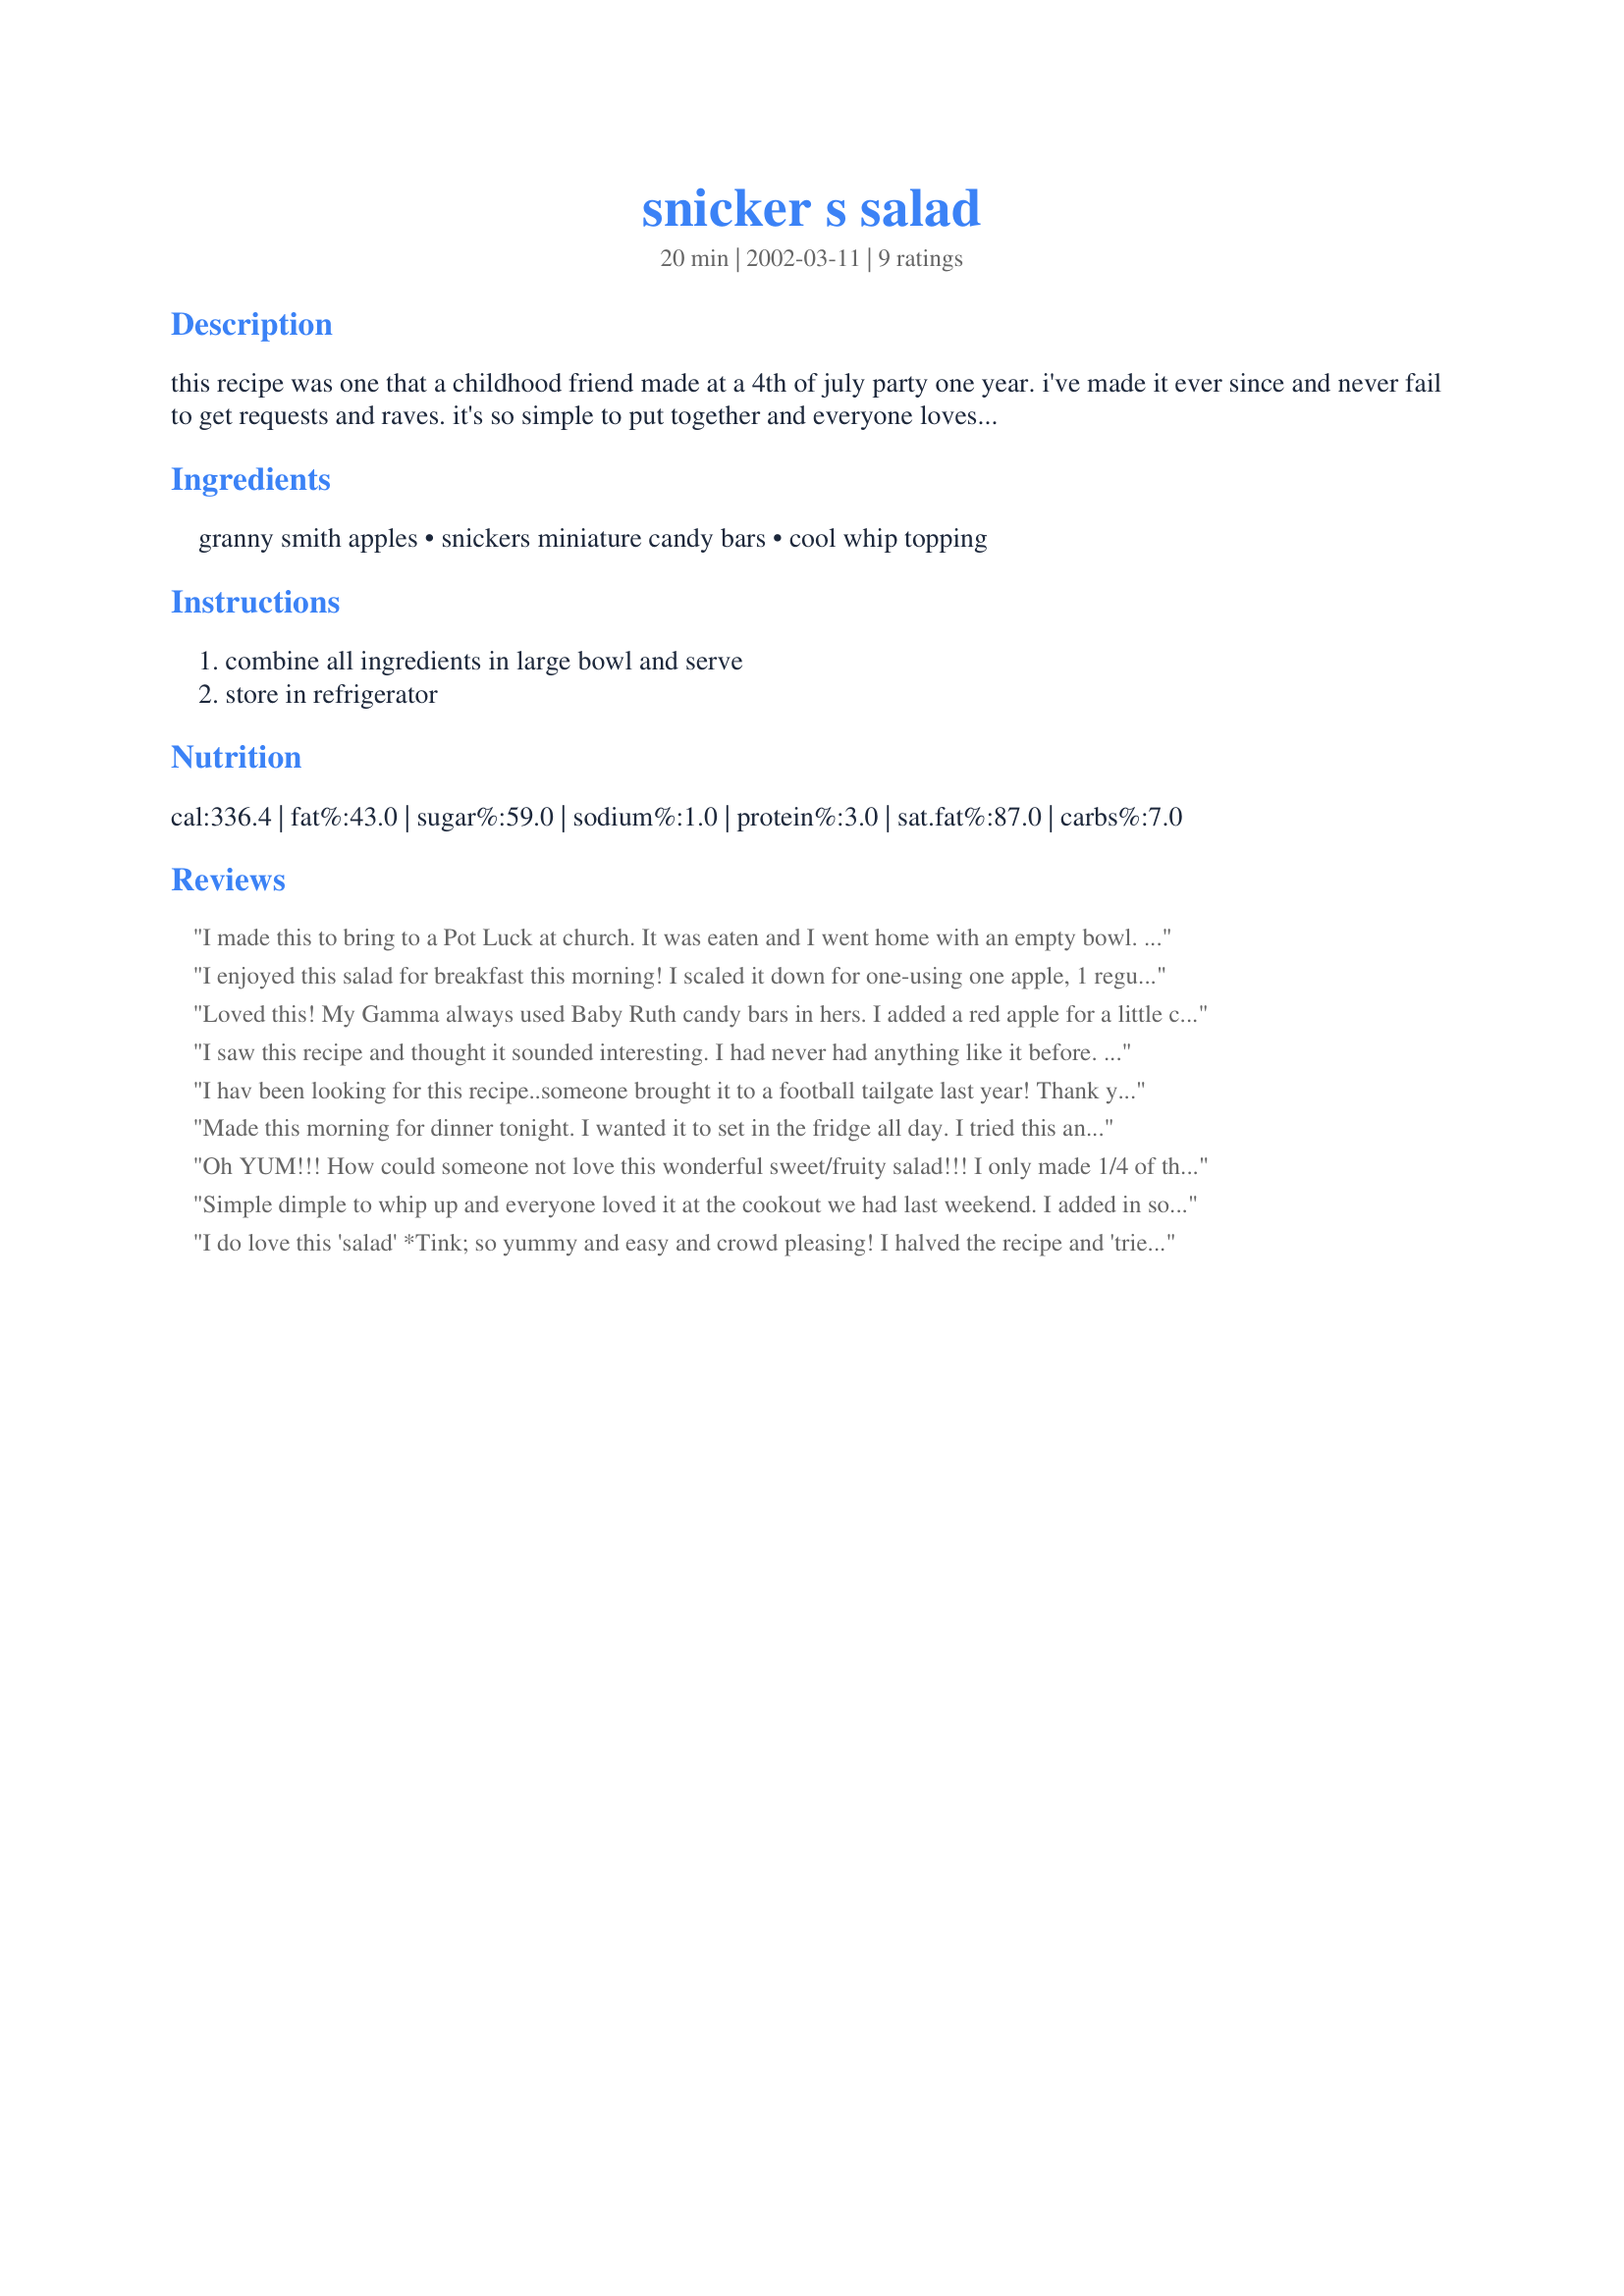
snicker s salad
Preparation time: 20 minutes

this recipe was one that a childhood friend made at a 4th of july party one year. i've made it ever since and never fail to get requests and raves. it's so simple to put together and everyone loves it. i have never actually measured anything, i just pick the size bowl depending on how many people i'm feeding and fill it up. (i always buy two bags of candy, and tend to put a little extra chocolate in the salad!)

Ingredients:
granny smith apples, snickers miniature candy bars, cool whip topping

Steps:
combine all ingredients in large bowl and serve, store in refrigerator

Reviews:
I made this to bring to a Pot Luck at church. It was eaten and I went home with an empty bowl. The kids loved it too! Thank you for sharing!
I enjoyed this salad for breakfast this morning! I scaled it down for one-using one apple, 1 regular size Snickers bar, and a quarter container of whipped topping. thanks for an unusual but delicious breakfast! Made in appreciation of all the hard work you put into PAC!
Loved this! My Gamma always used Baby Ruth candy bars in hers. I added a red apple for a little color and texture difference. Come summer time, I'm going to make this again with some fresh red grapes. Thanks so much for the trip down memory lane :)
I saw this recipe and thought it sounded interesting. I had never had anything like it before. I was expecting it to be really sweet, but with the tart granny smith apples, it wasn't. I think I will try a different kind of apple next time, as I'm not a big fan of granny smith, and use more Snickers, or maybe I'll try a totally different candy bar. My kids enjoyed eating it.
I hav been looking for this recipe..someone brought it to a football tailgate last year! Thank you so much!
Made this morning for dinner tonight. I wanted it to set in the fridge all day. I tried this and it was different - but oh so good. I think this would be good on a hot summer day. I know that I will be making this again. This is a keeper. Made for PAC 2009 March.
Oh YUM!!! How could someone not love this wonderful sweet/fruity salad!!! I only made 1/4 of the recipe, as it was just for the family and served it as dessert!! This is so quick and easy to get together and would be great crowd pleaser at potlucks!! Thanks Tink for a wonderful new recipe. Made for your win in the Summer Spectacular!!
Simple dimple to whip up and everyone loved it at the cookout we had last weekend. I added in some green grapes too. Went good with the apples!
I do love this 'salad' *Tink; so yummy and easy and crowd pleasing! I halved the recipe and 'tried' to make it a bit lighter by used light Cool Whip! Ha! Ha! the kids will love it, and their parents will love it. I'd definitely take this to a pot-luck and share the recipe. Thank you for sharing with us, *Tink!
